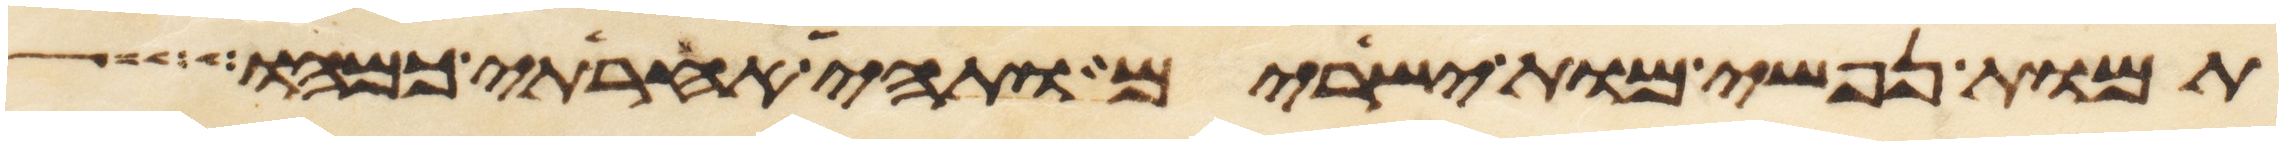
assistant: תמות נפשי מות ישירים ותהי אחריתי כמהו